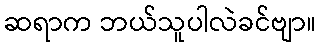
ဆရာက ဘယ်သူပါလဲခင်ဗျာ။